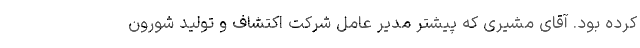
کرده بود. آقای مشیری که پیشتر مدیر عامل شرکت اکتشاف و تولید شورون